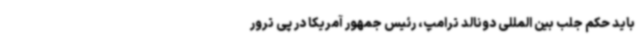
باید حکم جلب بین المللی دونالد ترامپ، رئیس جمهور آمریکا در پی ترور